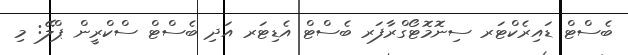
ބެސްޓް ޑައިރެކްޓަރ ސިނޮމޮޓޯގްރާފަރ ބެސްޓް އެޑިޓަރ އަދި ބެސްޓް ސްކްރީން ޕްލޭ: މި